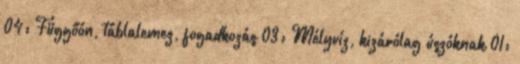
04: Függőón, táblalemez, fogadkozás 03: Mélyvíz, kizárólag úszóknak 01: